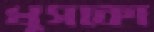
খুসকো